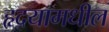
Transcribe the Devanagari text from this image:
हृदयामधील